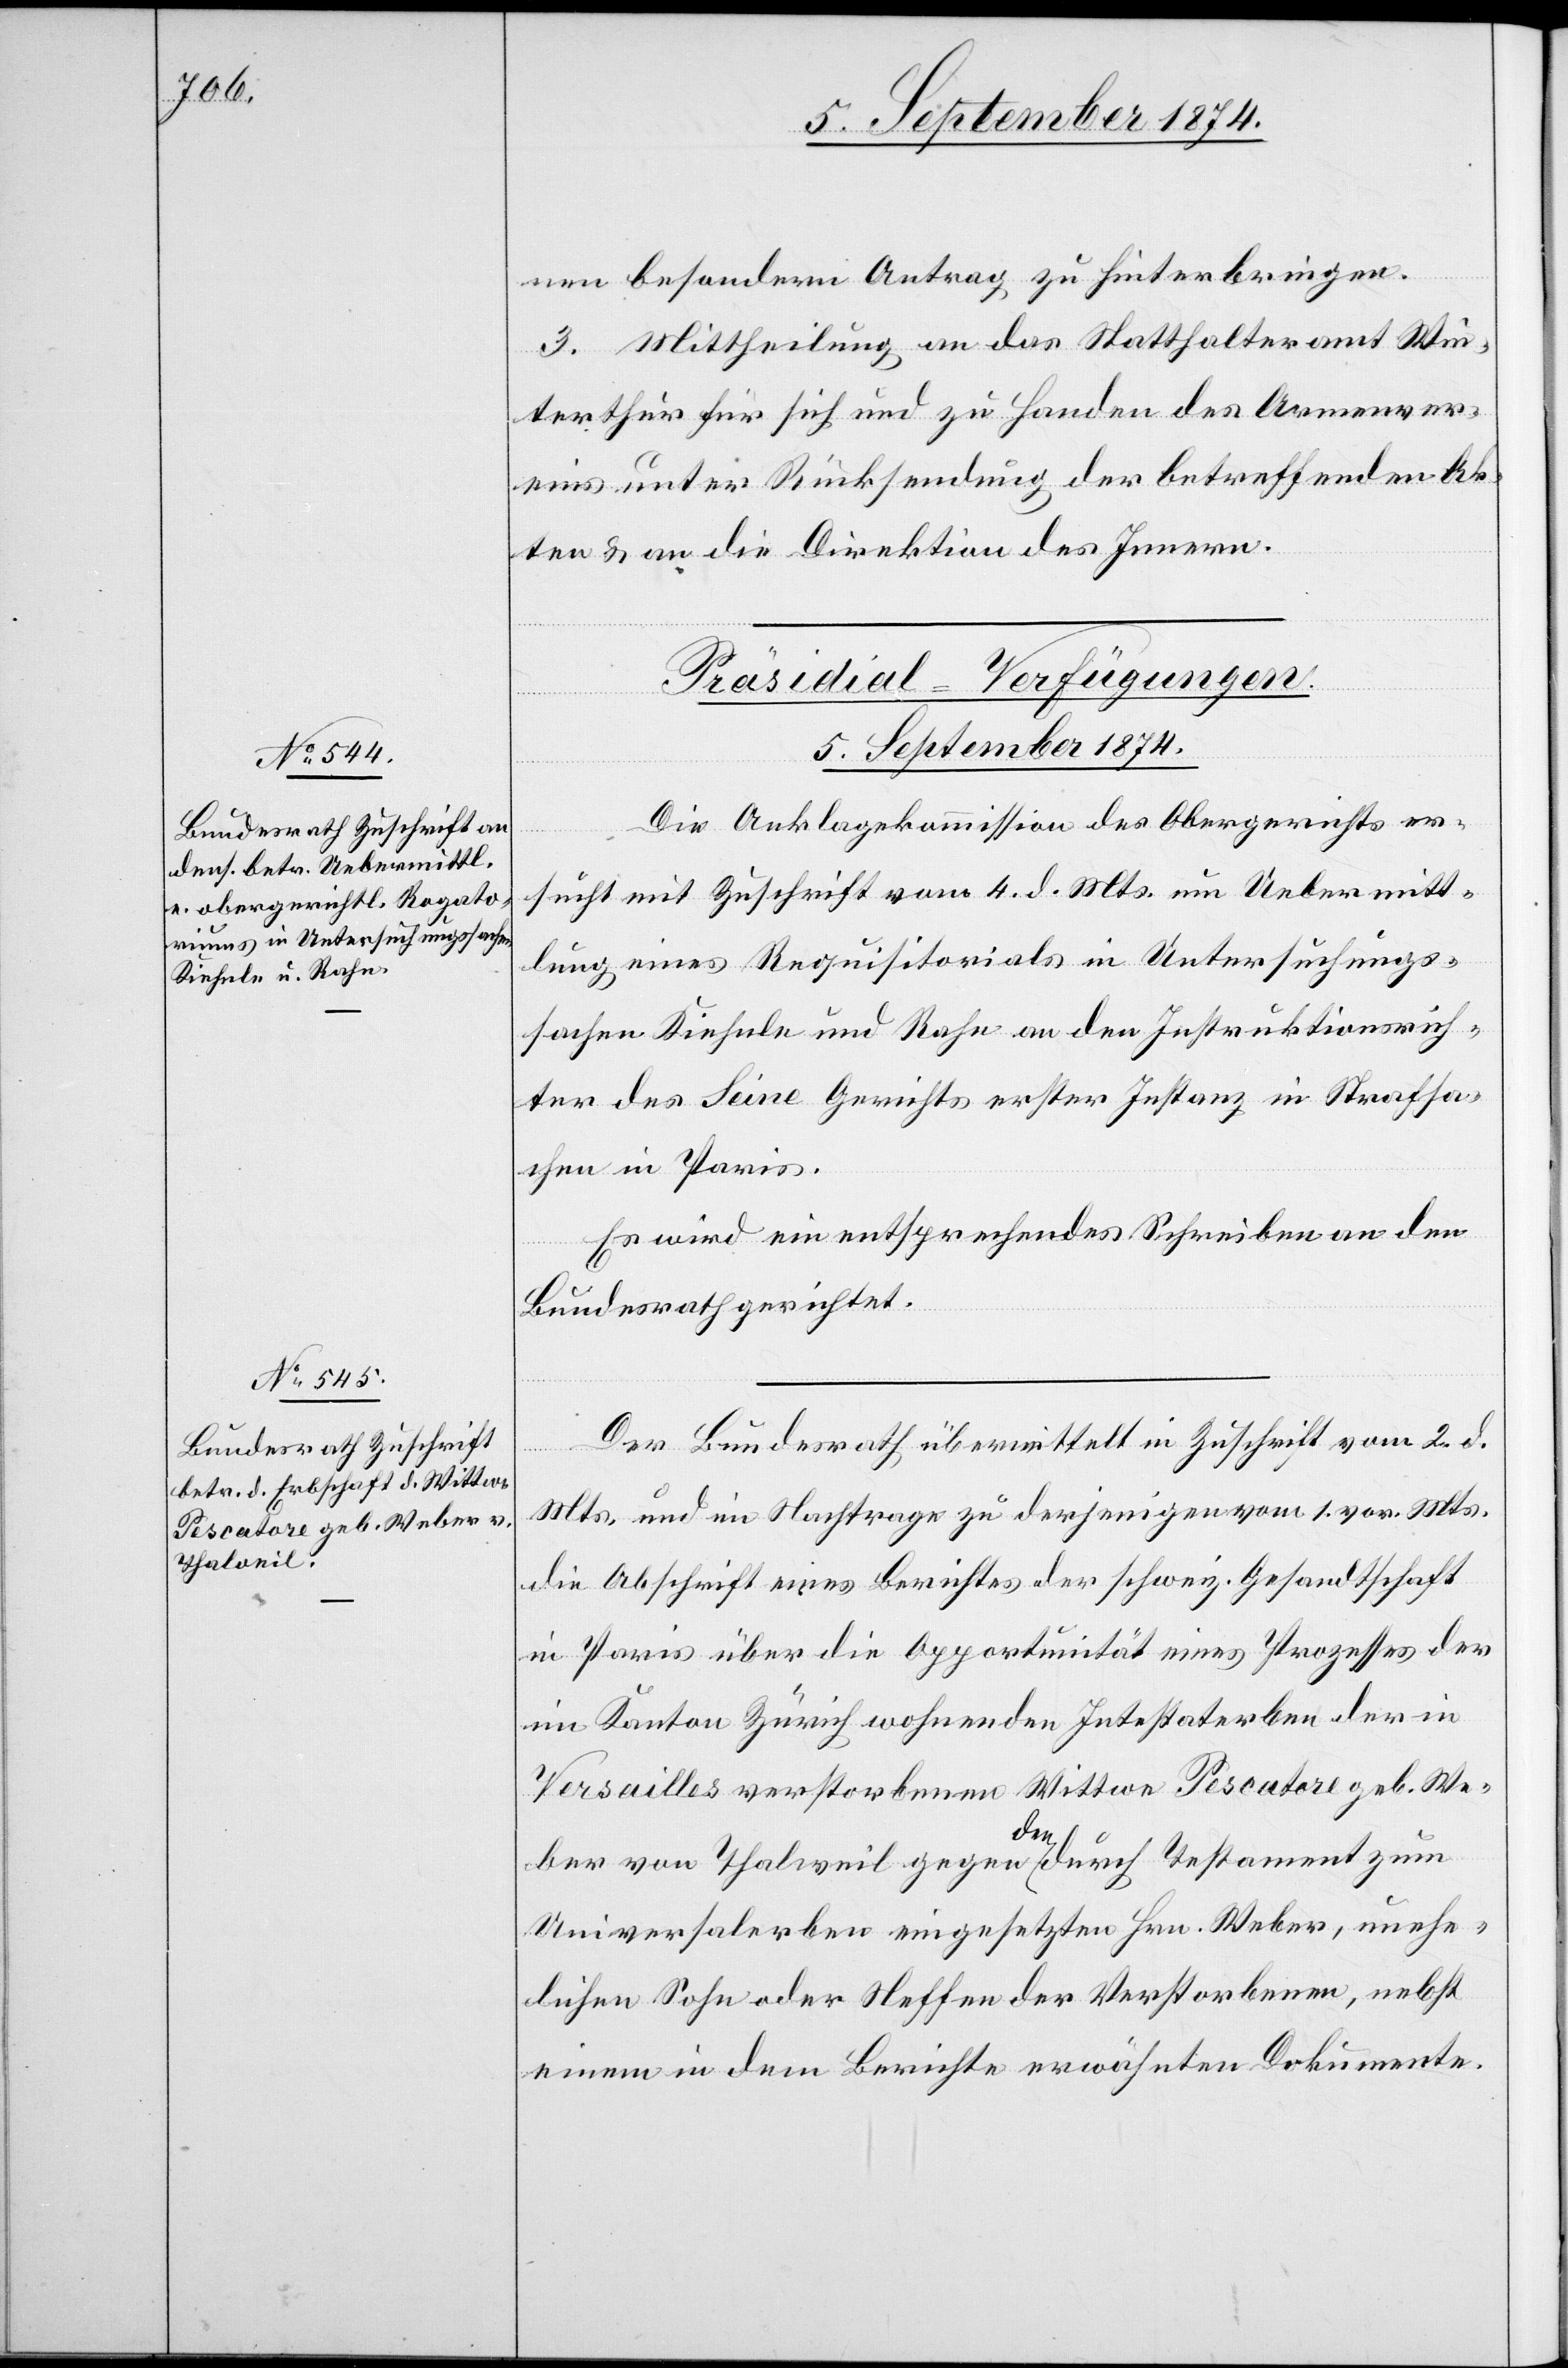
nen besondern Antrag zu hinterbringen.
3. Mittheilung an das Statthalteramt Win¬
terthur für sich und zu Handen des Armenver¬
eins unter Rücksendung der betreffenden Ak¬
ten u. an die Direktion des Innern.
[Präsidial-Verfügungen.
5. September 1874.]
Die Anklagekommission des Obergerichts er¬
sucht mit Zuschrift vom 4. d. Mts. um Uebermitt¬
lung eines Requisitorials in Untersuchungs¬
sachen Kiehnle und Rahe an den Instruktionsrich¬
ter des Seine Gerichts erster Instanz in Strafsa¬
che in Paris.
Es wird ein entsprechendes Schreiben an den
Bundesrath gerichtet.
Der Bundesrath übermittelt in Zuschrift vom 2. d.
Mts. und in Nachtrage zu derjenigen vom 1. vor. Mts.
die Abschrift eines Berichtes der schweiz. Gesandtschaft
in Paris über die Opportunität eines Prozesses der
im Kanton Zürich wohnenden Intestaterben der in
Versailles verstorbenen Wittwe Pescatore geb. We¬
ber von Thalweil gegen den durch Testament zum
Universalerben eingesetzten Hrn. Weber, unehe¬
lichen Sohn oder Neffen der Verstorbenen, nebst
einem in dem Bericht erwähnten Dokumente.